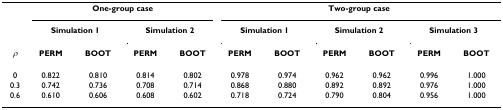
<table><thead><tr><td></td><td colspan="4"><b>One-group case</b></td><td colspan="6"><b>Two-group case</b></td></tr><tr><td></td><td colspan="2"><b>Simulation 1</b></td><td colspan="2"><b>Simulation 2</b></td><td colspan="2"><b>Simulation 1</b></td><td colspan="2"><b>Simulation 2</b></td><td colspan="2"><b>Simulation 3</b></td></tr><tr><td><b><i>ρ</i></b></td><td><b>PERM</b></td><td><b>BOOT</b></td><td><b>PERM</b></td><td><b>BOOT</b></td><td><b>PERM</b></td><td><b>BOOT</b></td><td><b>PERM</b></td><td><b>BOOT</b></td><td><b>PERM</b></td><td><b>BOOT</b></td></tr></thead><tbody><tr><td>0</td><td>0.822</td><td>0.810</td><td>0.814</td><td>0.802</td><td>0.978</td><td>0.974</td><td>0.962</td><td>0.962</td><td>0.996</td><td>1.000</td></tr><tr><td>0.3</td><td>0.742</td><td>0.736</td><td>0.708</td><td>0.714</td><td>0.868</td><td>0.880</td><td>0.892</td><td>0.892</td><td>0.976</td><td>1.000</td></tr><tr><td>0.6</td><td>0.610</td><td>0.606</td><td>0.608</td><td>0.602</td><td>0.718</td><td>0.724</td><td>0.790</td><td>0.804</td><td>0.956</td><td>1.000</td></tr></tbody></table>